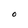
Character: O